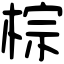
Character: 棕